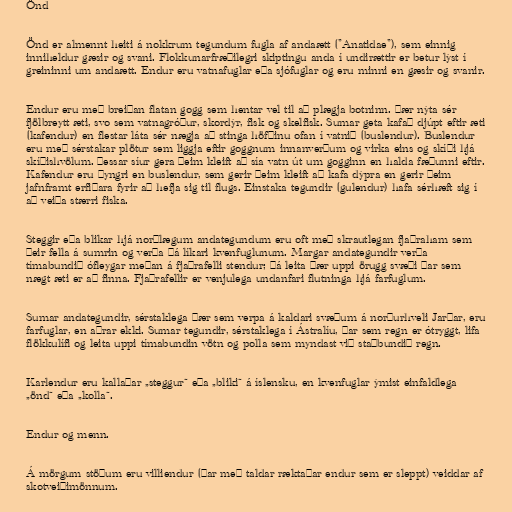
Önd

Önd er almennt heiti á nokkrum tegundum fugla af andaætt ("Anatidae"), sem einnig
inniheldur gæsir og svani. Flokkunarfræðilegri skiptingu anda í undirættir er betur lýst í
greininni um andaætt. Endur eru vatnafuglar eða sjófuglar og eru minni en gæsir og svanir.

Endur eru með breiðan flatan gogg sem hentar vel til að plægja botninn. Þær nýta sér
fjölbreytt æti, svo sem vatnagróður, skordýr, fisk og skelfisk. Sumar geta kafað djúpt eftir æti
(kafendur) en flestar láta sér nægja að stinga höfðinu ofan í vatnið (buslendur). Buslendur
eru með sérstakar plötur sem liggja eftir goggnum innanverðum og virka eins og skíði hjá
skíðishvölum. Þessar síur gera þeim kleift að sía vatn út um gogginn en halda fæðunni eftir.
Kafendur eru þyngri en buslendur, sem gerir þeim kleift að kafa dýpra en gerir þeim
jafnframt erfiðara fyrir að hefja sig til flugs. Einstaka tegundir (gulendur) hafa sérhæft sig í
að veiða stærri fiska.

Steggir eða blikar hjá norðlægum andategundum eru oft með skrautlegan fjaðraham sem
þeir fella á sumrin og verða þá líkari kvenfuglunum. Margar andategundir verða
tímabundið ófleygar meðan á fjaðrafelli stendur; þá leita þær uppi örugg svæði þar sem
nægt æti er að finna. Fjaðrafellir er venjulega undanfari flutninga hjá farfuglum.

Sumar andategundir, sérstaklega þær sem verpa á kaldari svæðum á norðurhveli Jarðar, eru
farfuglar, en aðrar ekki. Sumar tegundir, sérstaklega í Ástralíu, þar sem regn er ótryggt, lifa
flökkulífi og leita uppi tímabundin vötn og polla sem myndast við staðbundið regn.

Karlendur eru kallaðar „steggur“ eða „bliki“ á íslensku, en kvenfuglar ýmist einfaldlega
„önd“ eða „kolla“.

Endur og menn.

Á mörgum stöðum eru villiendur (þar með taldar ræktaðar endur sem er sleppt) veiddar af
skotveiðimönnum.